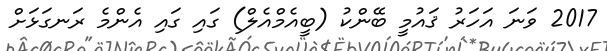
2017 ވަނަ އަހަރު ޤައުމީ ބޭންކު (ބީއެމްއެލް) ގައި ގައި އެންމެ ރަނގަޅަށް